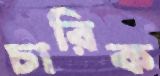
চারিক